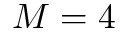
M = 4